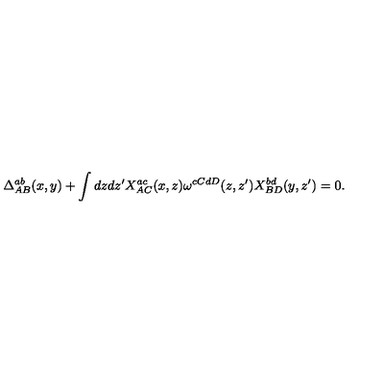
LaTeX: \Delta _ { A B } ^ { a b } ( x , y ) + \int d z d z ^ { \prime } X _ { A C } ^ { a c } ( x , z ) \omega ^ { c C d D } ( z , z ^ { \prime } ) X _ { B D } ^ { b d } ( y , z ^ { \prime } ) = 0 .